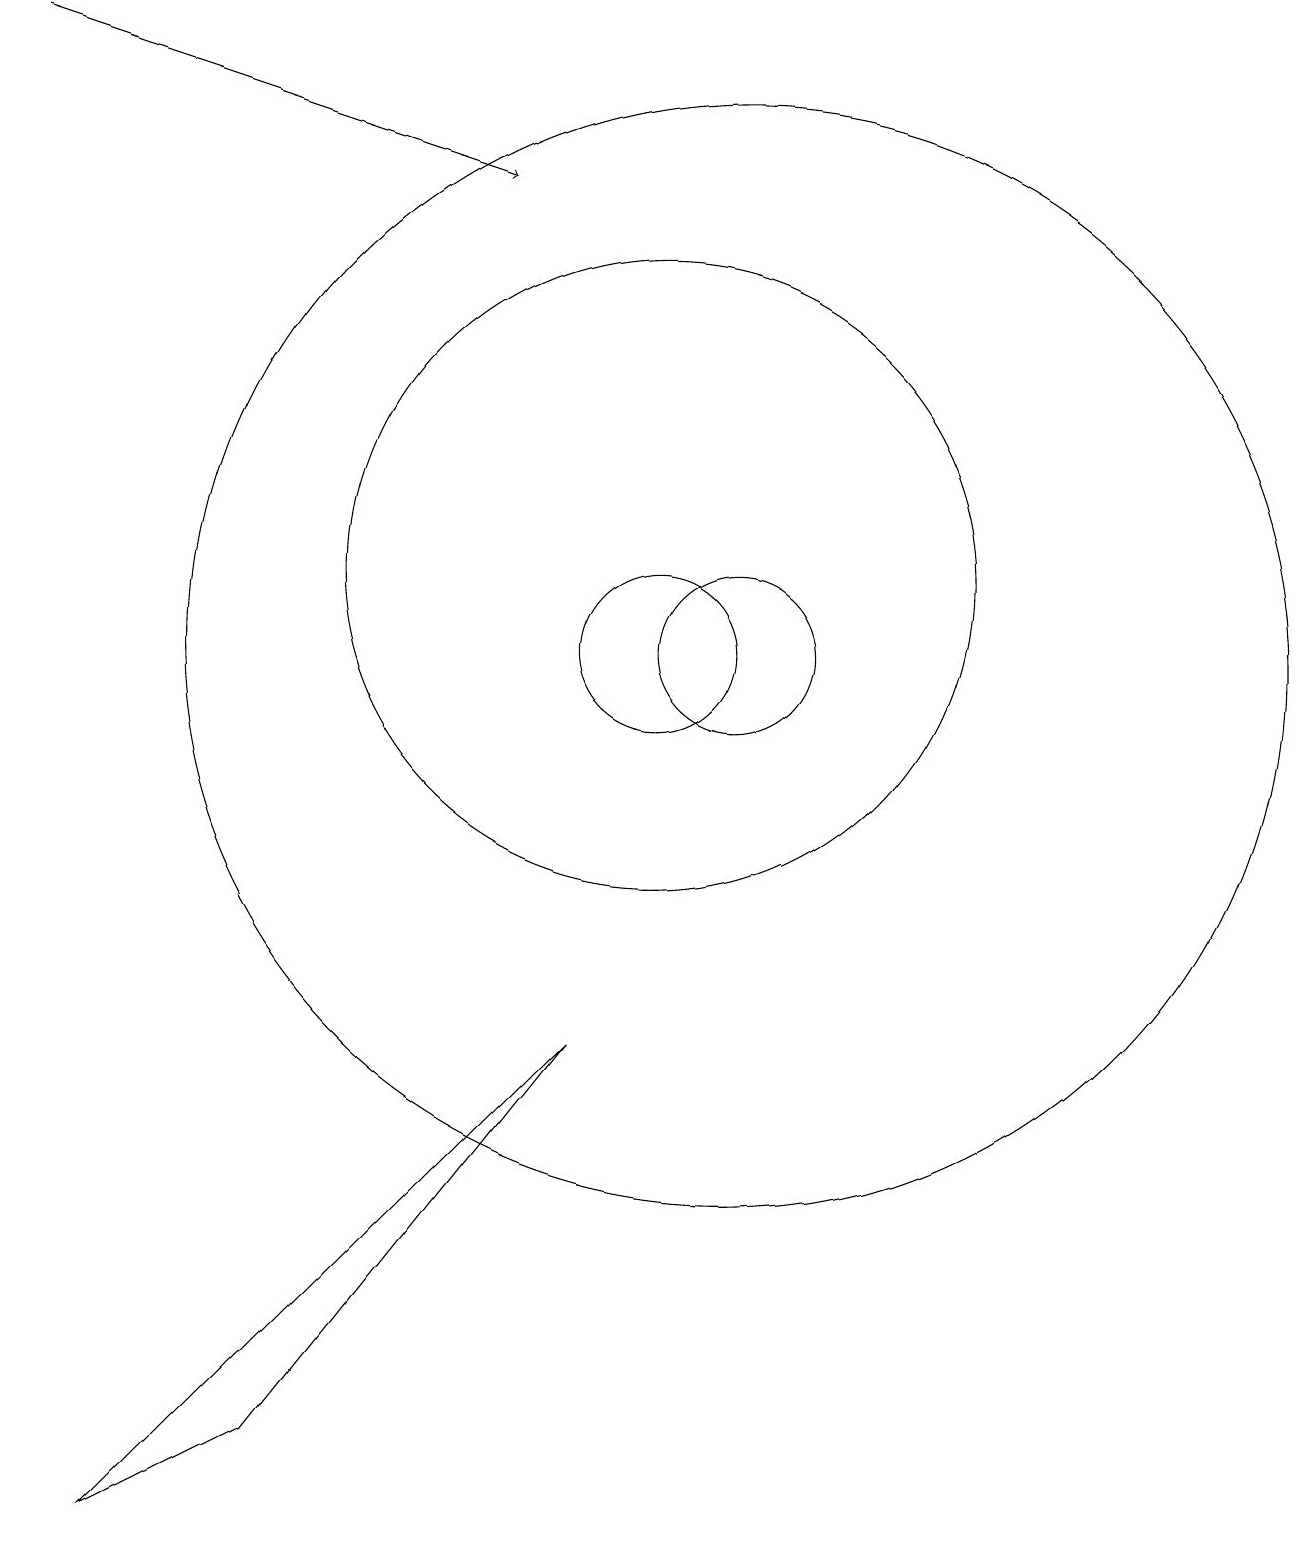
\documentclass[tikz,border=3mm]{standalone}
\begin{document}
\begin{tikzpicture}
\draw (11,11) circle (7);
\draw[->] (2,19) -- (8,17);
\draw (10,11) circle (1);
\draw (11,11) circle (1);
\draw (10,12) circle (4);
\draw (5,1) -- (3,0) -- (9,6) -- cycle;
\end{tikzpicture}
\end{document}